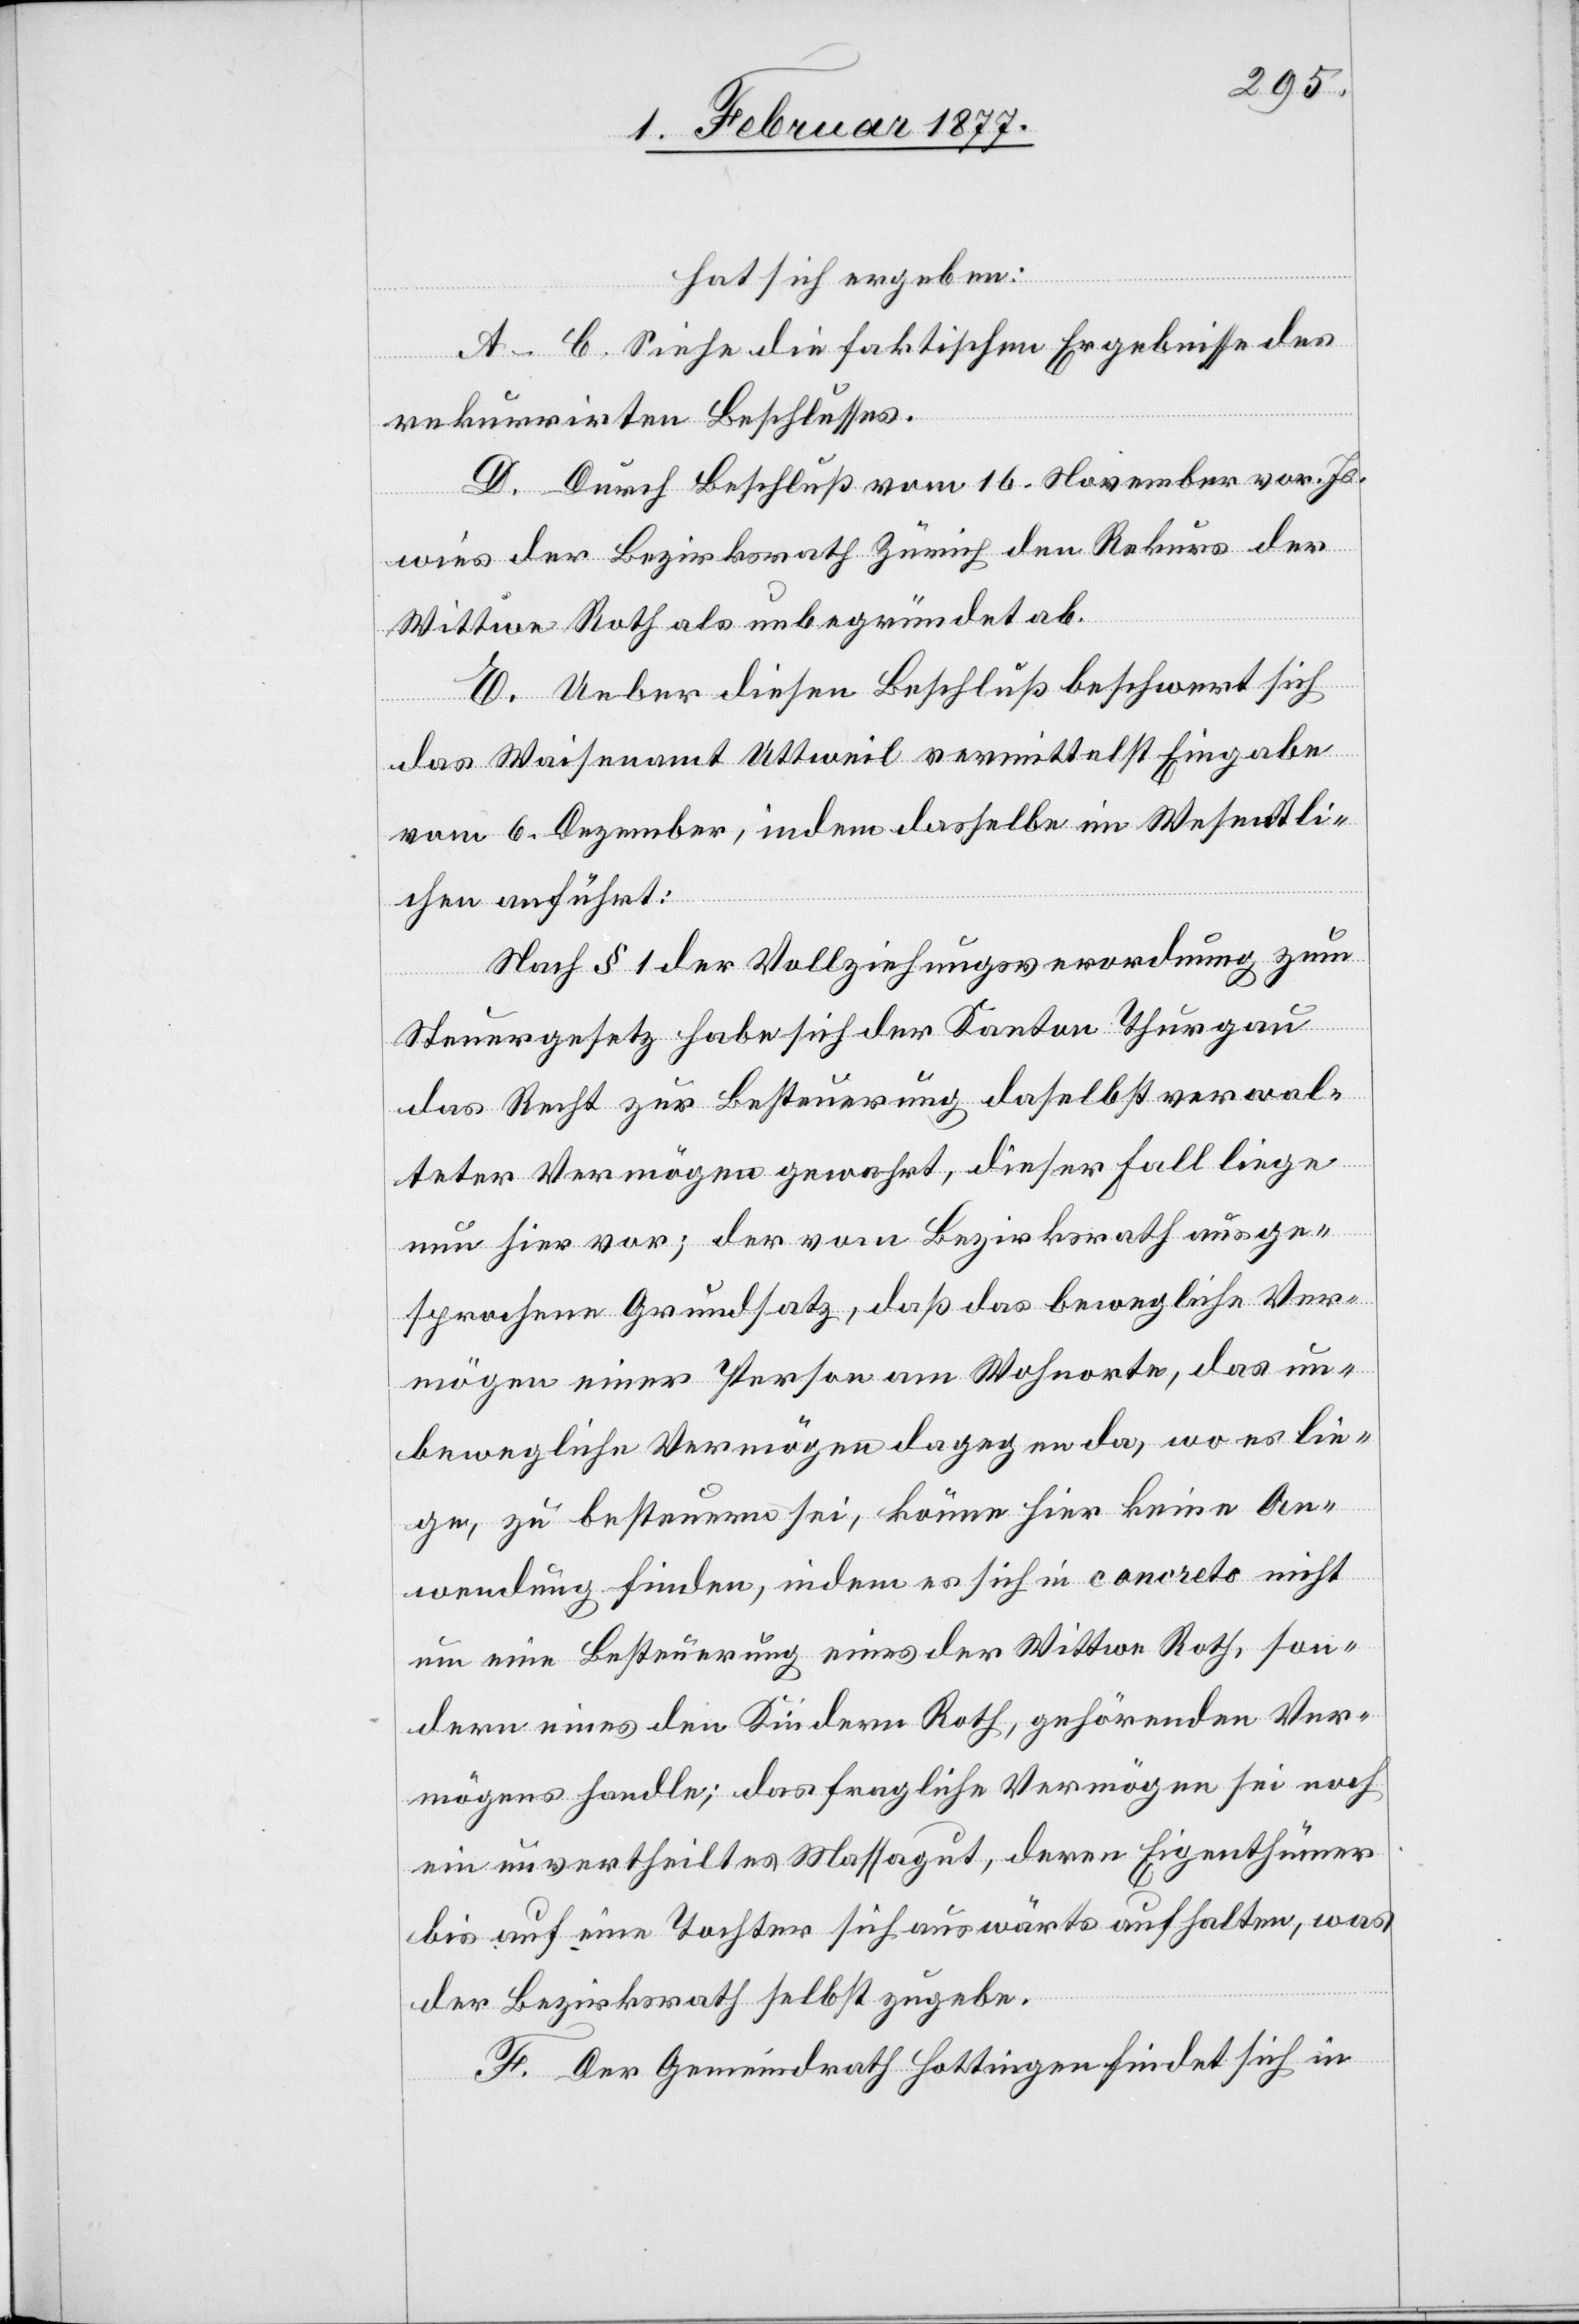
hat sich ergeben:
A–C. Siehe die faktischen Ergebnisse des
rekurrirten Beschlusses.
D. Durch Beschluß vom 16. November vor. Js.
wies der Bezirksrath Zürich den Rekurs der
Wittwe Roth als unbegründet ab.
E. Ueber diesen Beschluß beschwert sich
das Waisenamt Uttweil vermittelst Eingabe
vom 6. Dezember, indem dasselbe im Wesentli¬
chen anführt:
Nach § 1 der Vollziehungsverordnung zum
Steuergesetz habe sich der Kanton Thurgau
das Recht zur Besteuerung daselbst verwal¬
teter Vermögen gewahrt, dieser Fall liege
nun hier vor; der vom Bezirksrath ausge¬
sprochene Grundsatz, daß das bewegliche Ver¬
mögen einer Person am Wohnorte, das un¬
bewegliche Vermögen dagegen da, wo es lie¬
ge zu besteuern sei, könne hier keine An¬
wendung finden, indem es sich in concreto nicht
um eine Besteuerung eines der Wittwe Roth, son¬
dern eines den Kindern Roth, gehörenden Ver¬
mögens handle; das fragliche Vermögen sei noch
ein unvertheiltes Massagut, deren Eigenthümer
bis auf eine Tochter sich auswärts aufhalten, was
der Bezirksrath selbst zugebe.
F. Der Gemeindrath Hottingen findet sich in